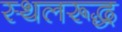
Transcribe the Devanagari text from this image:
स्थलरूद्ध